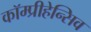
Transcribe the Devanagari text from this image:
कॉम्प्रीहेन्सिव